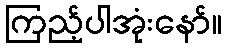
ကြည့်ပါအုံးနော်။